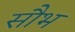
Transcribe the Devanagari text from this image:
सौभ